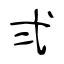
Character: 弍